Annual report on the Civil Veterinary Department, Burma (including the Insein Veterinary School) - 1923-1931
Year: 1923
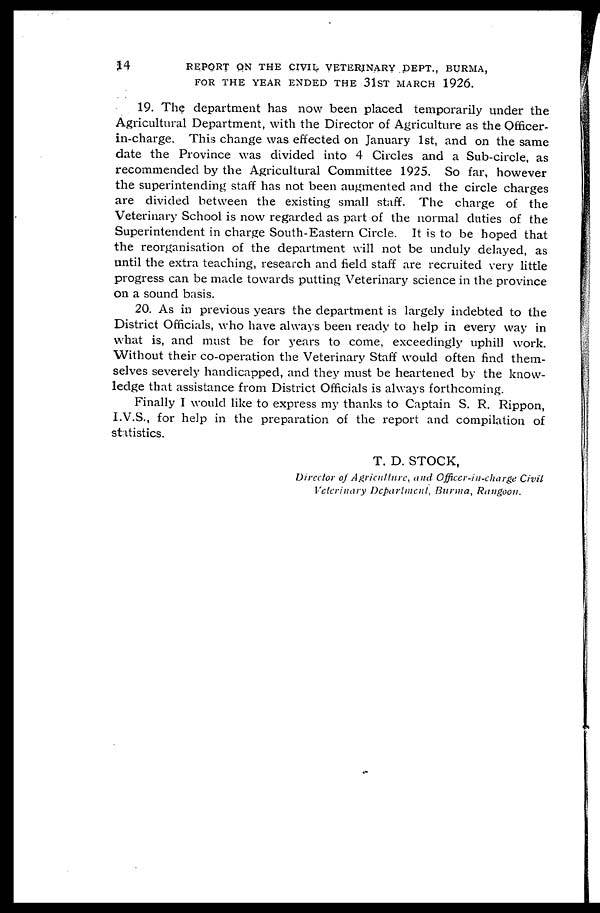
14
REPORT ON THE CIVIL VETERINARY DEPT., BURMA,
FOR THE YEAR ENDED THE 31ST MARCH 1926.
19. The department has now been placed temporarily under the
Agricultural Department, with the Director of Agriculture as the Officer-
in-charge. This change was effected on January 1st, and on the same
date the Province was divided into 4 Circles and a Sub-circle, as
recommended by the Agricultural Committee 1925. So far, however
the superintending staff has not been augmented and the circle charges
are divided between the existing small staff. The charge of the
Veterinary School is now regarded as part of the normal duties of the
Superintendent in charge South-Eastern Circle. It is to be hoped that
the reorganisation of the department will not be unduly delayed, as
until the extra teaching, research and field staff are recruited very little
progress can be made towards putting Veterinary science in the province
on a sound basis.
20. As in previous years the department is largely indebted to the
District Officials, who have always been ready to help in every way in
what is, and must be for years to come, exceedingly uphill work.
Without their co-operation the Veterinary Staff would often find them-
selves severely handicapped, and they must be heartened by the know-
ledge that assistance from District Officials is always forthcoming.
Finally I would like to express my thanks to Captain S. R. Rippon,
I.V.S., for help in the preparation of the report and compilation of
statistics.
T. D. STOCK,
Director of Agriculture, and Officer-in-charge Civil
Veterinary Department, Burma, Rangoon.